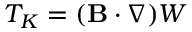
T _ { K } = ( { \bf { B } } \cdot \nabla ) W